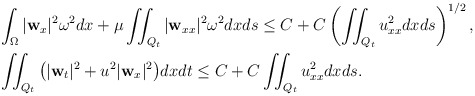
\begin{align*} & \int_\Omega|\mathbf{w}_x|^2\omega^2 dx+\mu \iint_{Q_t} |\mathbf{w}_{xx}|^2\omega^2 dxds\leq C+C\left(\iint_{Q_t} u_{xx}^2 dxds\right)^{1/2},\\ &\iint_{Q_t}\big(|\mathbf{w}_t|^2+u^2|\mathbf{w}_x|^2\big)dxdt\leq C+C \iint_{Q_t}u_{xx}^2 dxds. \end{align*}